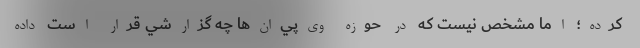
كرده؛ اما مشخص نيست كه در حوزه وي‌پي‌ان‌ها چه گزارشي قرار است داده